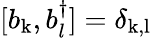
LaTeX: [b_{\mathrm{k}},b_{l}^{\dagger}]=\delta_{\mathrm{k,l}}